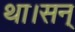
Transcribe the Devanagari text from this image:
था।सन्